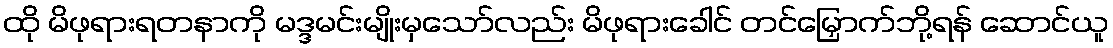
ထို မိဖုရားရတနာကို မဒ္ဒမင်းမျိုးမှသော်လည်း မိဖုရားခေါင် တင်မြှောက်ဘို့ရန် ဆောင်ယူ